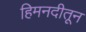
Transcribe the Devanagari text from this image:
हिमनदीतून